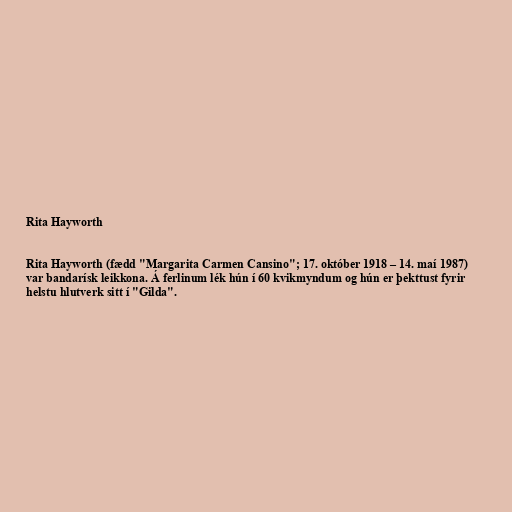
Rita Hayworth

Rita Hayworth (fædd "Margarita Carmen Cansino"; 17. október 1918 – 14. maí 1987)
var bandarísk leikkona. Á ferlinum lék hún í 60 kvikmyndum og hún er þekttust fyrir
helstu hlutverk sitt í "Gilda".